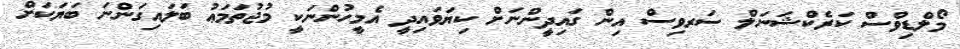
މޯލްޑިވްސް ކަރެކްޝަނަލް ސަރވިސް އިން ގައިދީންނަށް ކިޔަވައިދީ އެމީހުންނަކީ މުޖުތަމަޢު ބަލައިގަންނަ ބަޔަކަށް